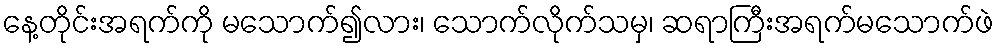
နေ့တိုင်းအရက်ကို မသောက်၍လား၊ သောက်လိုက်သမှ၊ ဆရာကြီးအရက်မသောက်ဖဲ